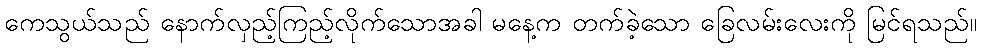
ကေသွယ်သည် နောက်လှည့်ကြည့်လိုက်သောအခါ မနေ့က တက်ခဲ့သော ခြေလမ်းလေးကို မြင်ရသည်။